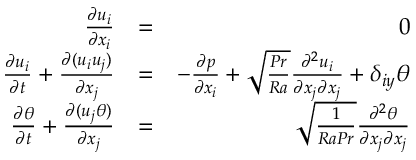
\begin{array} { r l r } { \frac { \partial u _ { i } } { \partial x _ { i } } } & { = } & { 0 } \\ { \frac { \partial u _ { i } } { \partial t } + \frac { \partial ( u _ { i } u _ { j } ) } { \partial x _ { j } } } & { = } & { - \frac { \partial p } { \partial x _ { i } } + \sqrt { \frac { P r } { R a } } \frac { \partial ^ { 2 } u _ { i } } { \partial x _ { j } \partial x _ { j } } + \delta _ { i y } \theta } \\ { \frac { \partial \theta } { \partial t } + \frac { \partial ( u _ { j } \theta ) } { \partial x _ { j } } } & { = } & { \sqrt { \frac { 1 } { R a P r } } \frac { \partial ^ { 2 } \theta } { \partial x _ { j } \partial x _ { j } } } \end{array}